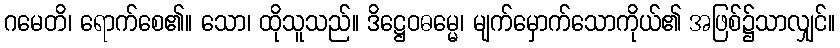
ဂမေတိ၊ ရောက်စေ၏။ သော၊ ထိုသူသည်။ ဒိဋ္ဌေဝဓမ္မေ၊ မျက်မှောက်သောကိုယ်၏ အဖြစ်၌သာလျှင်။